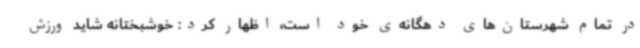
در تمام شهرستان‌های دهگانه‌ی خود است، اظهار کرد: خوشبختانه شاید ورزش